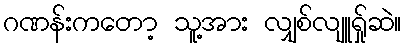
ဂဏန်းကတော့ သူ့အား လျှစ်လျူရ်ှုဆဲ။